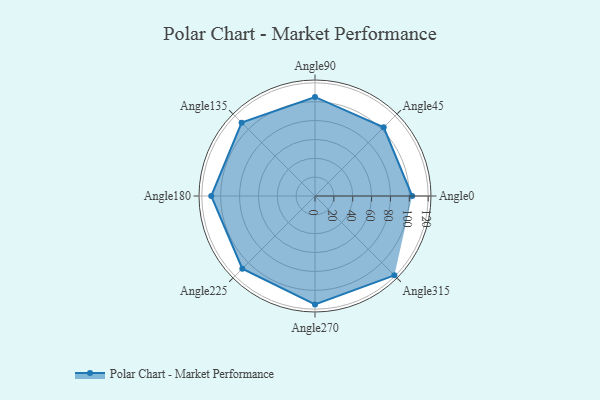
{"axis": {"x": "Angle", "y": "Radius"}, "legend": [""], "data": [{"x": "Angle0", "y": 103.0, "type": ""}, {"x": "Angle45", "y": 103.0, "type": ""}, {"x": "Angle90", "y": 105.0, "type": ""}, {"x": "Angle135", "y": 110.0, "type": ""}, {"x": "Angle180", "y": 110.0, "type": ""}, {"x": "Angle225", "y": 109.0, "type": ""}, {"x": "Angle270", "y": 115.0, "type": ""}, {"x": "Angle315", "y": 119.0, "type": ""}]}